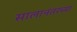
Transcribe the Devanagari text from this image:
सालानंतरच्या